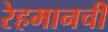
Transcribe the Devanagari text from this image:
रेहमानची